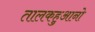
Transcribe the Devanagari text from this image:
तालकहुआनो